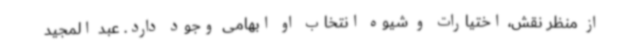
از منظر نقش، اختیارات و شیوه انتخاب او ابهامی وجود دارد. عبد المجید